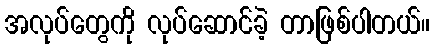
အလုပ်တွေကို လုပ်ဆောင်ခဲ့ တာဖြစ်ပါတယ်။